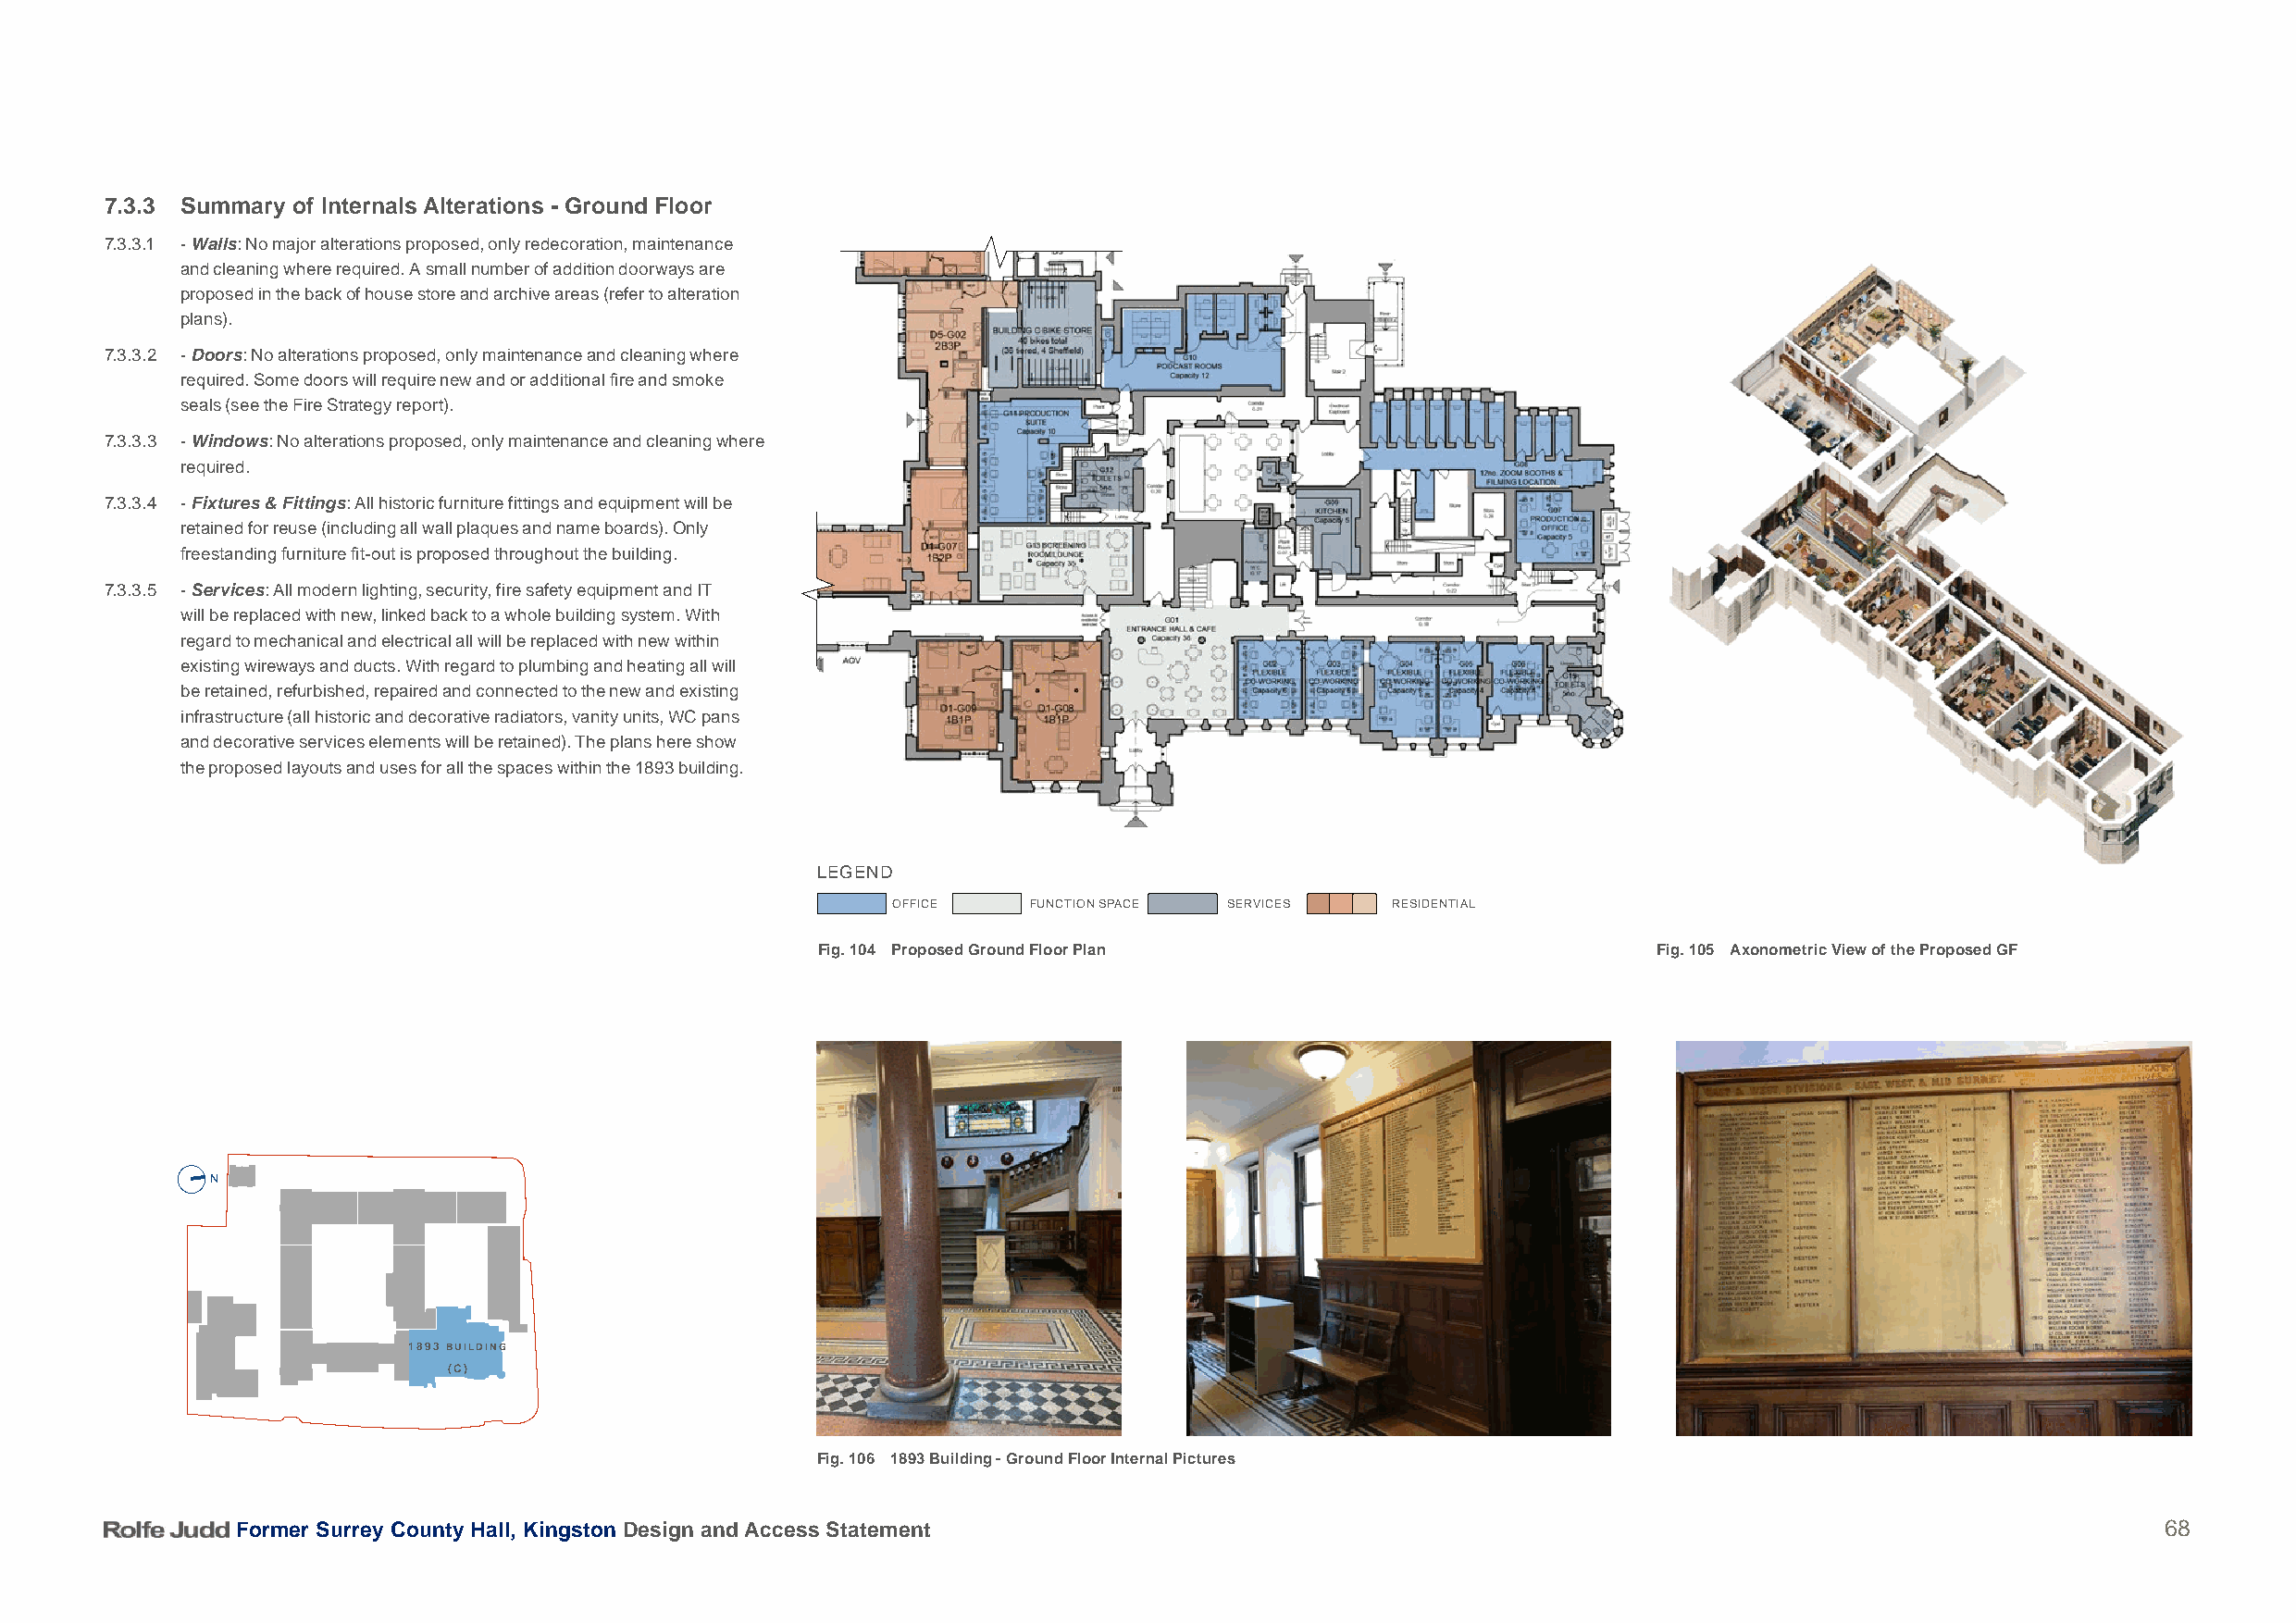
7.3.3 Summary of Internals Alterations - Ground Floor
 7.3.3.1 - Walls: No major alterations proposed, only redecoration, maintenance
 and cleaning where required. A small number of addition doorways are
 proposed in the back of house store and archive areas (refer to alteration
 plans).
 7.3.3.2 - Doors: No alterations proposed, only maintenance and cleaning where
 required. Some doors will require new and or additional fire and smoke
 seals (see the Fire Strategy report).
 7.3.3.3 - Windows: No alterations proposed, only maintenance and cleaning where
 required.
 7.3.3.4 - Fixtures & Fittings: All historic furniture fittings and equipment will be
 retained for reuse (including all wall plaques and name boards). Only
 freestanding furniture fit-out is proposed throughout the building.
 7.3.3.5 - Services: All modern lighting, security, fire safety equipment and IT
 will be replaced with new, linked back to a whole building system. With
 regard to mechanical and electrical all will be replaced with new within
 existing wireways and ducts. With regard to plumbing and heating all will
 be retained, refurbished, repaired and connected to the new and existing
 infrastructure (all historic and decorative radiators, vanity units, WC pans
 and decorative services elements will be retained). The plans here show
 the proposed layouts and uses for all the spaces within the 1893 building.
 LEGEND
 OFFICE    FUNCTION SPACE SERVICES   RESIDENTIAL
 Fig. 104 Proposed Ground Floor Plan                         Fig. 105 Axonometric View of the Proposed GF
 N
 1893 BUILDING
 (C)
 Fig. 106 1893 Building - Ground Floor Internal Pictures
 Former Surrey County Hall, Kingston Design and Access Statement                                                                           68